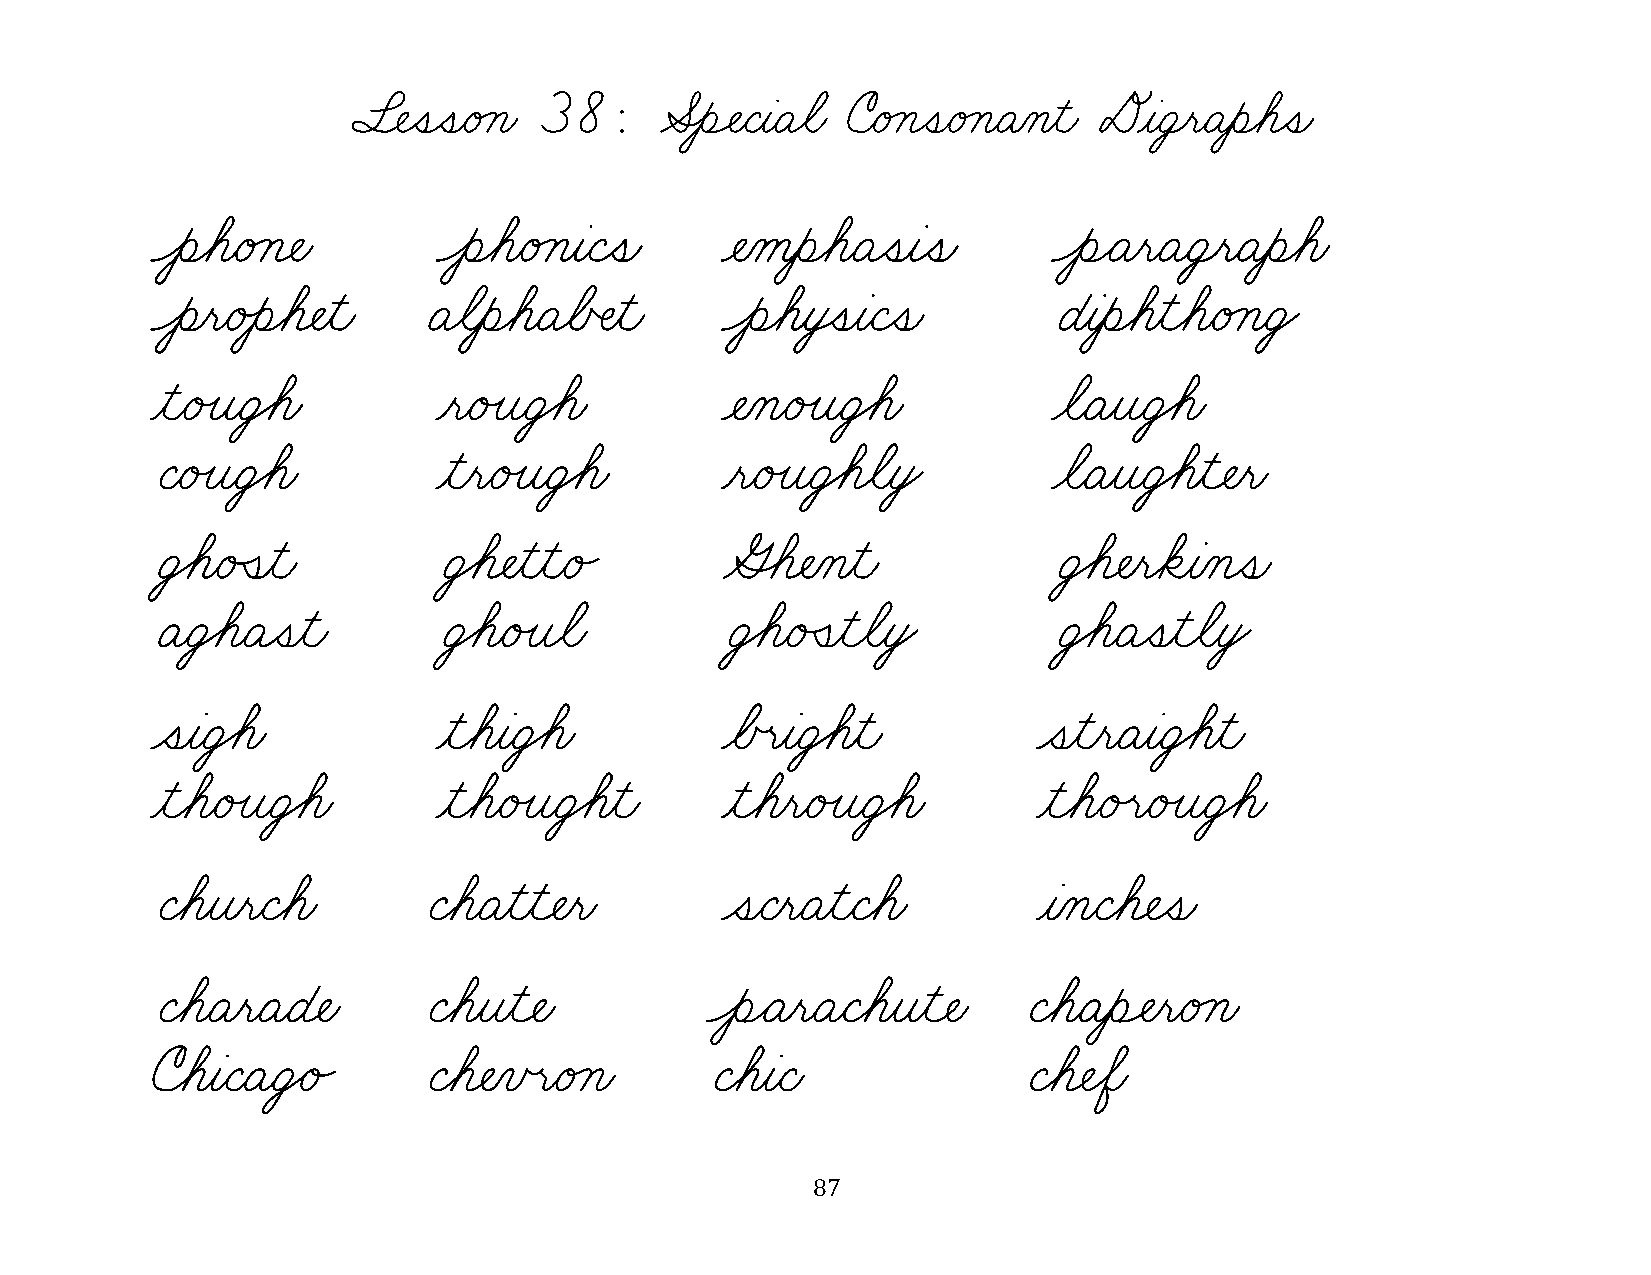
§¬ÑˆíˆíæéÁçæ 38:     ÆÎèÓÑæÇƒàæÄøãæ úæéÁçˆíæéÁçæÄÀçƒìæ DƒàæÜ¸ëæÄƒèøáˆíæ
 ÔèøáæéÁç¬Ñæ        ÔèøáæéÁçƒàæÇˆíæ    ¬ÑÀåƒèøáæÄˆíƒàˆíæ     ÔèÌÄƒëæÄæÜ¸ëæÄƒèøáæ
 ÔèƒëæéÙèøá¬Ñƒìæ   ÄøãƒèøáæÄøÅŒÑƒìæ    ÔèøáƒòÚíƒàæÇˆíæ       ÉƒàƒèøáƒìøáæéÁçæÜŸ
 ƒìæéÙîæÜ€áæ        ƒëæéÙîæÜ€áæ        ¬ÑÀçæéÙîæÜ€áæ         øãæÄƒîæÜ€áæ
 ÇæéÙîæÜ€áæ         ƒìƒëæéÙîæÜ€áæ      ƒëæéÙîæÜ€áøãƒòŸ       øãæÄƒîæÜ€áƒì¬Ñƒëæ
 Ü€áæéÛíƒìæ         Ü€á¬Ñƒìƒìæé„       ûÈá¬ÑÀçƒìæ            Ü€á¬ÑƒëøäƒàÀçˆíæ
 ÄæÜ€áæÄˆíƒìæ       Ü€áæéÙîøãæ         Ü€áæéÛíƒìøãƒòŸ        Ü€áæÄˆíƒìøãƒòŸ
 ˆíƒàæÜ€áæ          ƒìøáƒàæÜ€áæ        øÅœëƒàæÜ€áƒìæ        ˆíƒìƒëæÄƒàæÜ€áƒìæ
 ƒìøáæéÙîæÜ€áæ      ƒìøáæéÙîæÜ€áƒìæ    ƒìøáƒëæéÙîæÜ€áæ      ƒìøáæéÙëæéÙîæÜ€áæ
 ÇøáƒîƒëæÇøáæ      ÇøáæÄƒìƒì¬Ñƒëæ      ˆíæÇƒëæÄƒìæÇøáæ      ƒàÀçæÇøá¬Ñˆíæ
 ÇøáæÄƒëæÄæÉ¬Ñæ    Çøáƒîƒì¬Ñæ         ÔèÌÄƒëæÄæÇøáƒîƒì¬Ñæ  ÇøáæÄƒèÓÑƒëæéÁçæ
 úøáƒàæÇæÄæÜŸé„    Çøá¬ÑÀïœëæéÁçæ     ÇøáƒàæÇæ             Çøá¬ÑøÖæ
 87